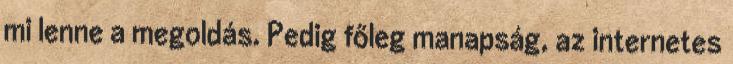
mi lenne a megoldás. Pedig főleg manapság, az internetes